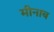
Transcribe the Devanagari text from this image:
मीनाब